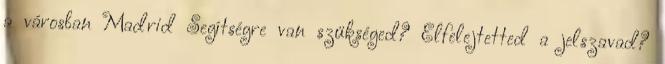
a városban Madrid Segítségre van szükséged? Elfelejtetted a jelszavad?